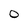
Character: O